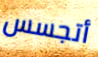
أتجسس